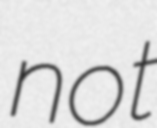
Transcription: not